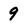
Character: 9